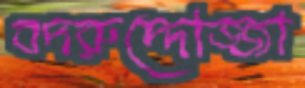
বদরুদ্দোজ্জা